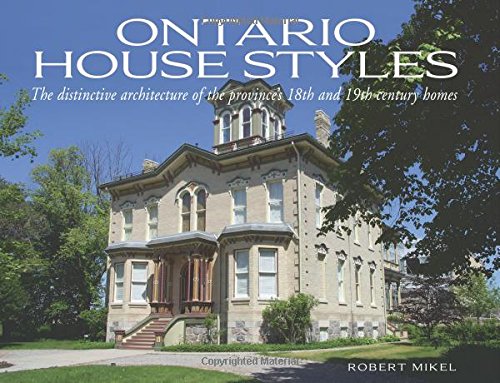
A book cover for Ontario House Styles: The distinctive architecture of the province's 18th and 19th century homes (Lorimer Illustrated History); Robert Mikel; Crafts, Hobbies & Home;